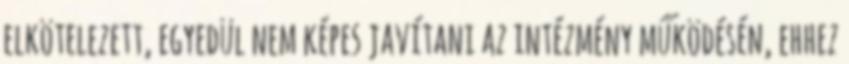
elkötelezett, egyedül nem képes javítani az intézmény működésén, ehhez